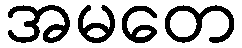
အမတေ